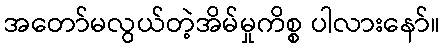
အတော်မလွယ်တဲ့အိမ်မှုကိစ္စ ပါလားနော်။